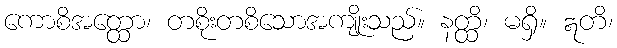
ကောစိအတ္ထော၊ တစိုးတစိသောအကျိုးသည်။ နတ္ထိ၊ မရှိ။ ဣတိ၊